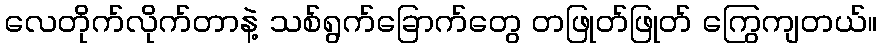
လေတိုက်လိုက်တာနဲ့ သစ်ရွက်ခြောက်တွေ တဖြုတ်ဖြုတ် ကြွေကျတယ်။